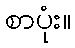
စာပုံး။